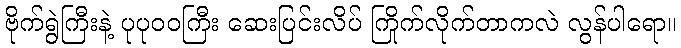
ဗိုက်ရွဲကြီးနဲ့ ပုပုဝဝကြီး ဆေးပြင်းလိပ် ကြိုက်လိုက်တာကလဲ လွန်ပါရော။